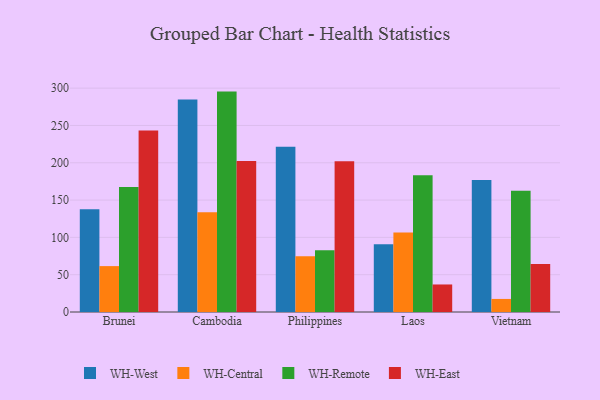
{"axis": {"x": "Country", "y": "Bounce Rate (%)"}, "legend": ["WH-Central", "WH-East", "WH-Remote", "WH-West"], "data": [{"x": "Brunei", "y": 137.7, "type": "WH-West"}, {"x": "Brunei", "y": 61.5, "type": "WH-Central"}, {"x": "Brunei", "y": 167.7, "type": "WH-Remote"}, {"x": "Brunei", "y": 243.3, "type": "WH-East"}, {"x": "Cambodia", "y": 284.8, "type": "WH-West"}, {"x": "Cambodia", "y": 133.7, "type": "WH-Central"}, {"x": "Cambodia", "y": 295.4, "type": "WH-Remote"}, {"x": "Cambodia", "y": 202.4, "type": "WH-East"}, {"x": "Philippines", "y": 221.5, "type": "WH-West"}, {"x": "Philippines", "y": 74.7, "type": "WH-Central"}, {"x": "Philippines", "y": 82.9, "type": "WH-Remote"}, {"x": "Philippines", "y": 201.9, "type": "WH-East"}, {"x": "Laos", "y": 90.9, "type": "WH-West"}, {"x": "Laos", "y": 106.4, "type": "WH-Central"}, {"x": "Laos", "y": 183.3, "type": "WH-Remote"}, {"x": "Laos", "y": 36.9, "type": "WH-East"}, {"x": "Vietnam", "y": 177.0, "type": "WH-West"}, {"x": "Vietnam", "y": 17.5, "type": "WH-Central"}, {"x": "Vietnam", "y": 162.4, "type": "WH-Remote"}, {"x": "Vietnam", "y": 64.5, "type": "WH-East"}]}